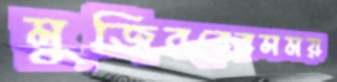
মুজিবরেরসময়